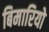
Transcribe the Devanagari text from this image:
बिमारियो